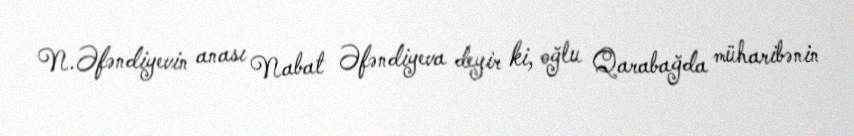
N.Əfəndiyevin anası Nabat Əfəndiyeva deyir ki, oğlu Qarabağda müharibənin